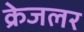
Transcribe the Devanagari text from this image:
क्रेजलर